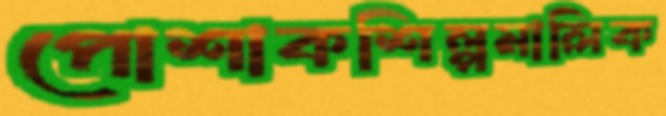
পোশাকশিল্পমালিক